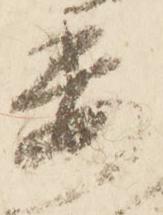
委